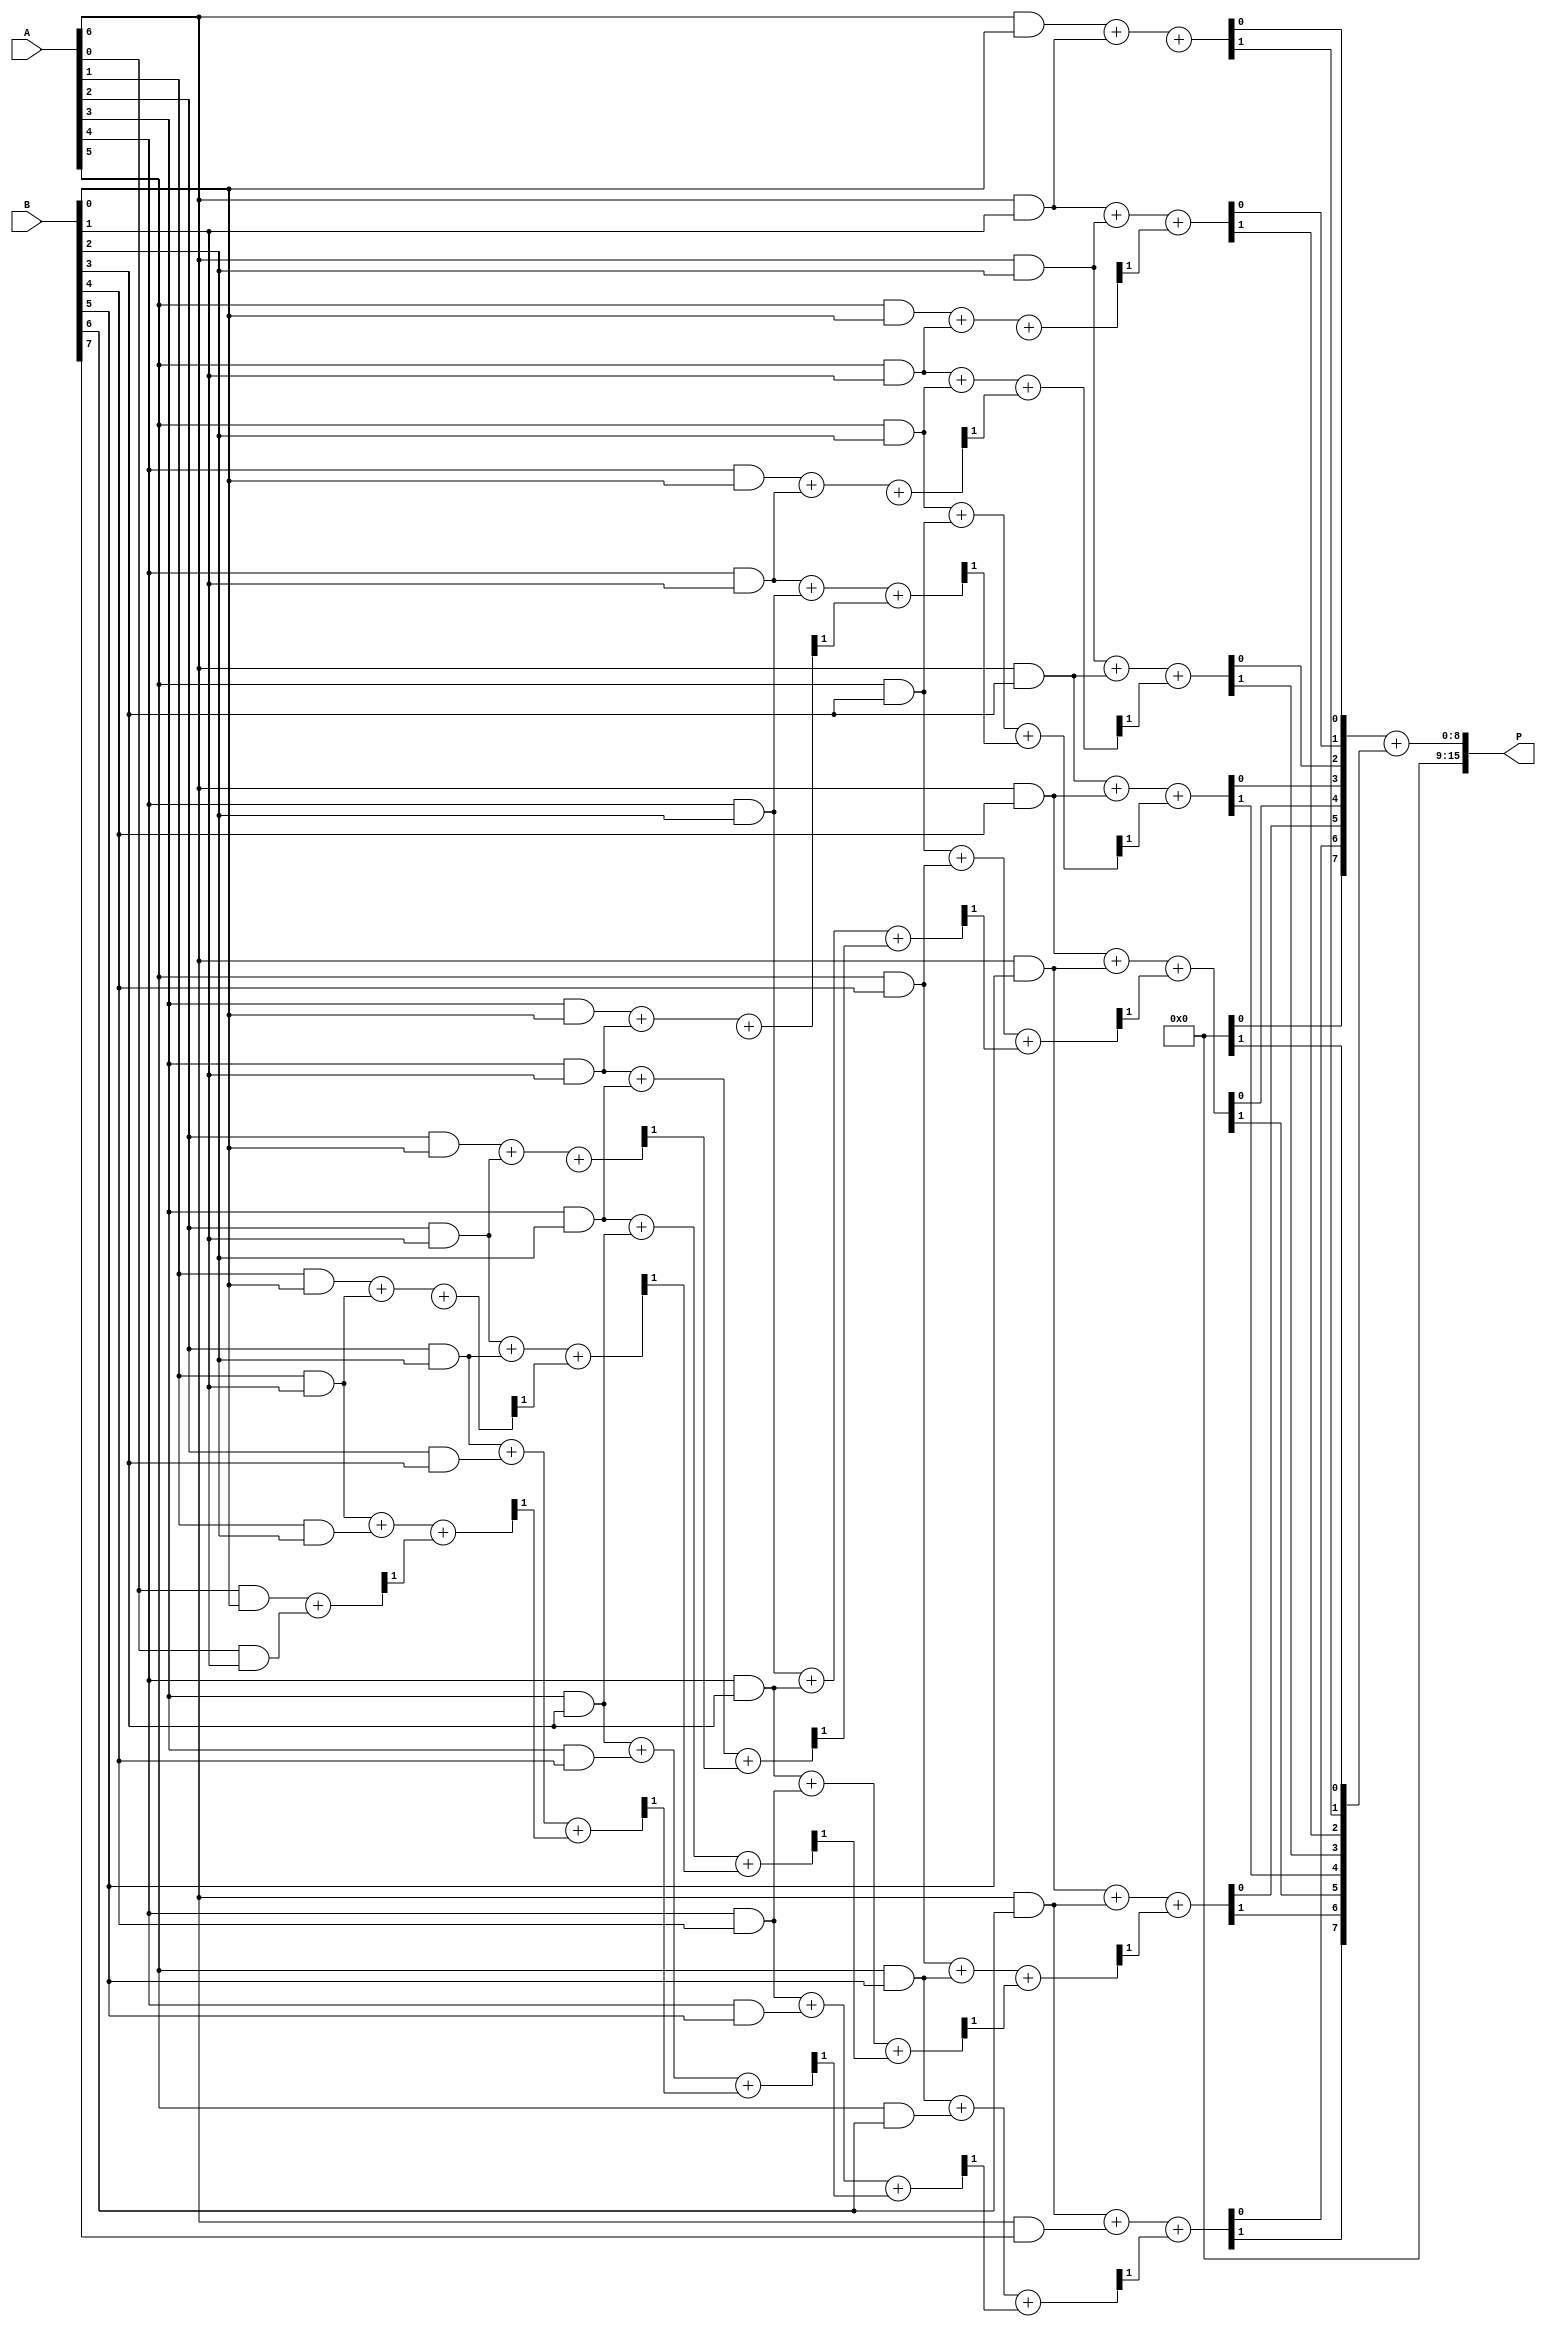
module fixed_point_wallace_multiplier #(
    parameter N = 8 // Bit-width of the input numbers
)(
    input  [N-1:0] A, // Fixed-point number A
    input  [N-1:0] B, // Fixed-point number B
    output [2*N-1:0] P // Fixed-point product
);

    // Generate Partial Products
    wire [N-1:0] pp [0:N-1]; // Partial products
    genvar i, j;
    generate
        for (i = 0; i < N; i = i + 1) begin : partial_product_gen
            for (j = 0; j < N; j = j + 1) begin : pp_and
                assign pp[i][j] = A[j] & B[i];
            end
        end
    endgenerate

    // Wallace Tree Reduction
    wire [N-1:0] sum [0:N-1]; // Sums
    wire [N-1:0] carry [0:N-1]; // Carries
    wire [N-1:0] final_sum, final_carry;

    // Stage 1: Combine partial products using half adders and full adders
    genvar stage;
    generate
        for (stage = 0; stage < N-1; stage = stage + 1) begin : reduction_stage
            if (stage == 0) begin
                // First stage uses half adders
                for (i = 0; i < N-1; i = i + 1) begin : half_adders
                    assign {carry[stage][i+1], sum[stage][i]} = pp[i][stage] + pp[i+1][stage];
                end
            end else begin
                // Subsequent stages use full adders
                for (i = 0; i < N-1; i = i + 1) begin : full_adders
                    assign {carry[stage][i+1], sum[stage][i]} = pp[i][stage] + pp[i+1][stage] + carry[stage-1][i];
                end
            end
        end
    endgenerate

    // Final Addition
    wire [N-1:0] final_sum_temp;
    wire [N-1:0] final_carry_temp;

    assign {final_carry_temp, final_sum_temp} = sum[N-2] + carry[N-2];

    // Final product assignment
    assign P = {final_carry_temp, final_sum_temp};

endmodule